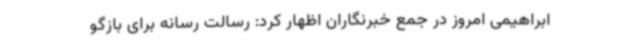
ابراهیمی امروز در جمع خبرنگاران اظهار کرد: رسالت رسانه برای بازگو